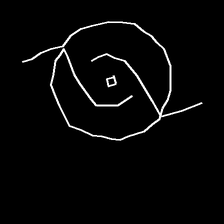
Glyph: repetition